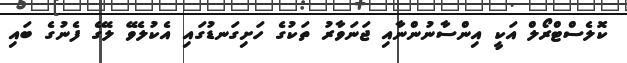
ކޮލެސްޓްރޯލް އަކީ އިންސާނުންނާއި ޖަނަވާރު ތަކުގެ ހަށިގަނޑުގައި އެކުލެވޭ ލޭގެ ފެނުގެ ބައި